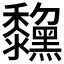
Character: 𪒺